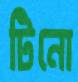
টিনো